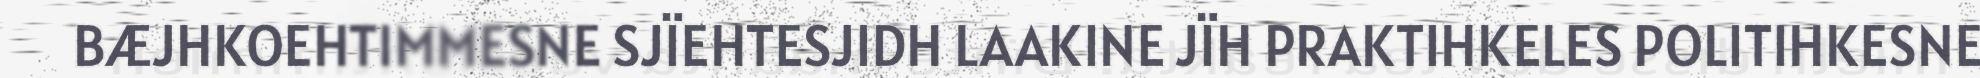
BÆJHKOEHTIMMESNE SJÏEHTESJIDH LAAKINE JÏH PRAKTIHKELES POLITIHKESNE